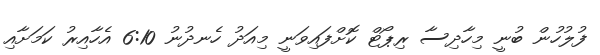
ފުލުހުން ބުނީ މިހާދިސާ ރިޕޯޓް ކޮށްފައިވަނީ މިއަދު ހެނދުނު 6:10 އެހާއިރު ކަމަށާއި